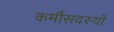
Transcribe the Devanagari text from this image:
कर्मीसदस्यों